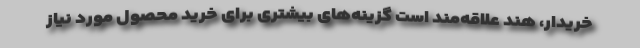
خریدار، هند علاقه‌مند است گزینه‌های بیشتری برای خرید محصول مورد نیاز